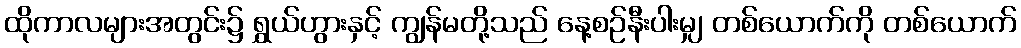
ထိုကာလများအတွင်း၌ ရွှယ်ဟွားနှင့် ကျွန်မတို့သည် နေ့စဉ်နီးပါးမျှ တစ်ယောက်ကို တစ်ယောက်